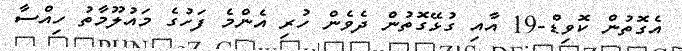
އެގޮތުން ކޮވިޑް-19 އާއި ގުޅޭގޮތުން ދެވެން ހުރި އެންމެ ފަހުގެ މައުލޫމާތު ހިއްސާ